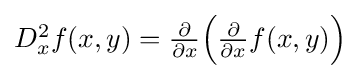
\textstyle D_{x}^{2}f(x,y)={\frac {\partial }{\partial x}}{\Bigl (}{\frac {\partial }{\partial x}}f(x,y){\Bigr )}